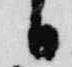
日